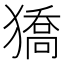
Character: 獢